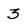
Character: 3